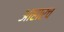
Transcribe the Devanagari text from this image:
आहारच